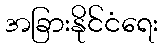
အခြားနိုင်ငံရေး